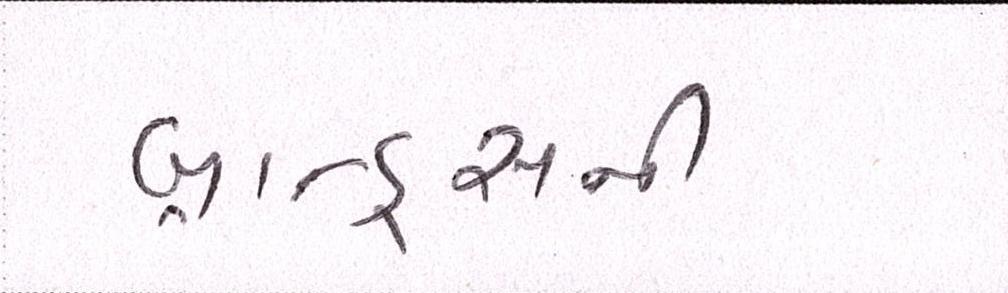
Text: બ્રાન્ડ્સની